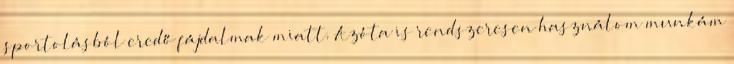
sportolásból eredő fájdalmak miatt. Azóta is rendszeresen használom munkám